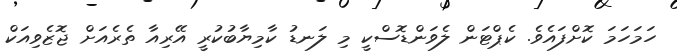
ހަމަހަމަ ކޮށްފައެވެ. ކެޕްޓަން ލެވަންޑޮސްކީ މި ލަނޑު ކާމިޔާބުކުރީ އޭރިއާ ތެރެއަށް ޖޮޒެވިއަކް